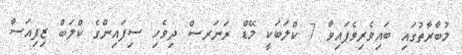
މުބާރާތުގައި ބައިވެރިވެފައިވާ 7 ކްލަބަކީ މޭޑް ރަނަރސް ދިވެހި ސިފައިންގެ ކްލަބް ޒިފިއަސް